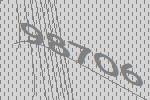
98706